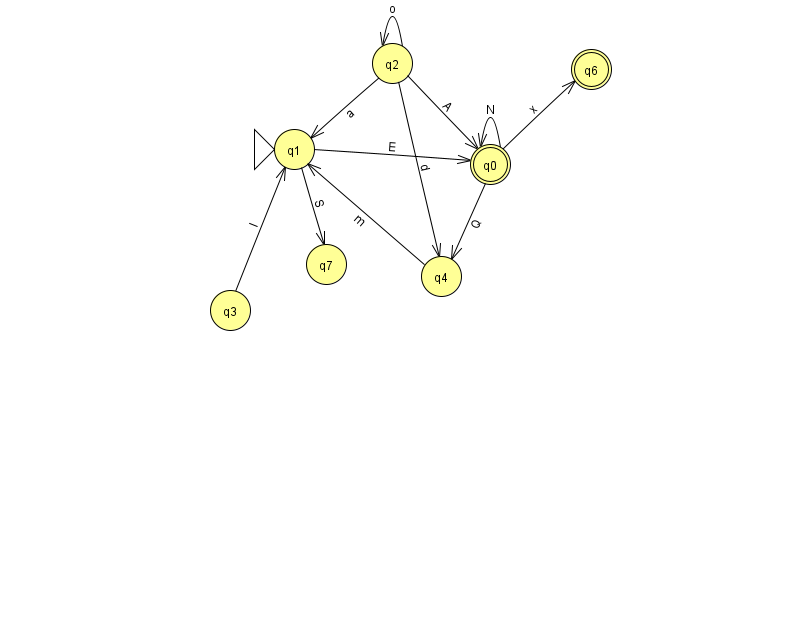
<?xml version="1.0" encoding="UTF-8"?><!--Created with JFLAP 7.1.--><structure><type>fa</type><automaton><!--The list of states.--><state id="0" name="q0"><x>490.0</x><y>151.0</y><final/></state><state id="1" name="q1"><x>294.0</x><y>136.0</y><initial/></state><state id="2" name="q2"><x>392.0</x><y>50.0</y></state><state id="3" name="q3"><x>230.0</x><y>297.0</y></state><state id="4" name="q4"><x>441.0</x><y>263.0</y></state><state id="6" name="q6"><x>591.0</x><y>56.0</y><final/></state><state id="7" name="q7"><x>326.0</x><y>251.0</y></state><!--The list of transitions.--><transition><from>2</from><to>0</to><read>A</read></transition><transition><from>2</from><to>1</to><read>a</read></transition><transition><from>0</from><to>6</to><read>x</read></transition><transition><from>0</from><to>4</to><read>Q</read></transition><transition><from>1</from><to>7</to><read>S</read></transition><transition><from>1</from><to>0</to><read>E</read></transition><transition><from>0</from><to>0</to><read>N</read></transition><transition><from>3</from><to>1</to><read>l</read></transition><transition><from>4</from><to>1</to><read>m</read></transition><transition><from>2</from><to>2</to><read>o</read></transition><transition><from>2</from><to>4</to><read>d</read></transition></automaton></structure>